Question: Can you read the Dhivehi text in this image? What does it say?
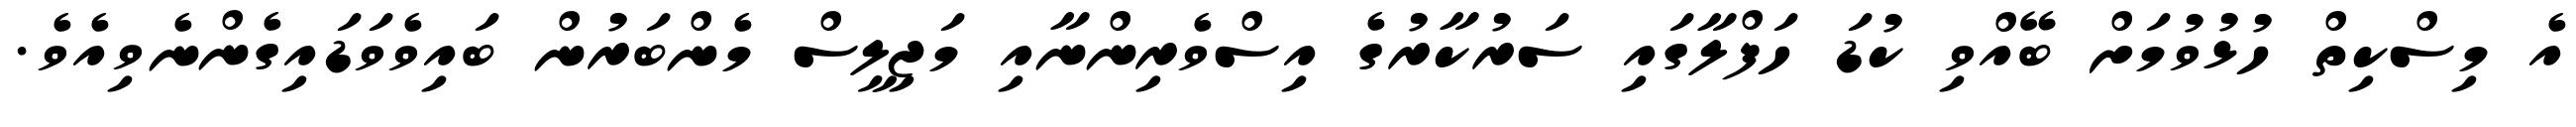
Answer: އެ މިސްކިތް ހުޅުވުމަށް ބޭއްވި ކުޑަ ހަފްލާގައި ސަރުކާރުގެ އިސްވެރިންނާއި މަޖިލީސް މެންބަރުން ބައިވެވަޑައިގެންނެވިއެވެ.